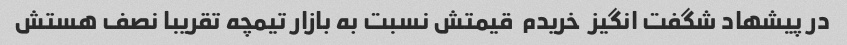
در پیشهاد شگفت انگیز  خریدم  قیمتش نسبت به بازار تیمچه تقریبا نصف هستش